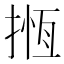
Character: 揯